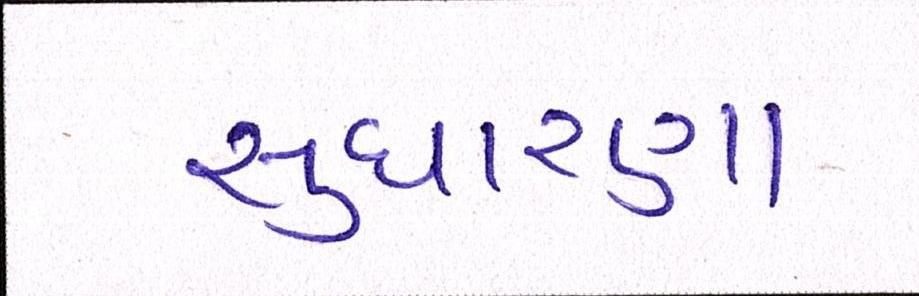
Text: સુધારણા